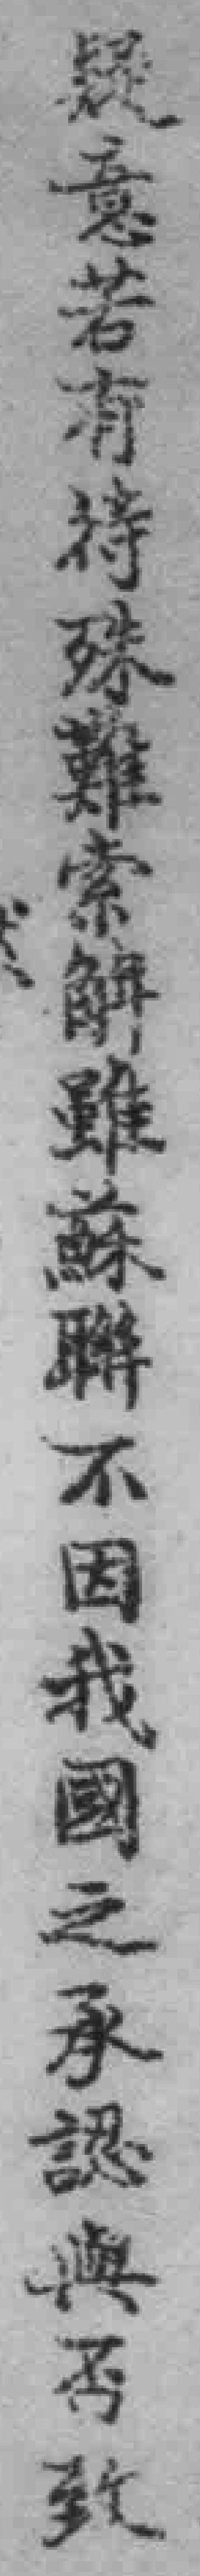
疑意若有特殊難索解雖蘇聯不因我國之承認與否致